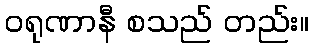
ဝရုဏာနီ စသည် တည်း။